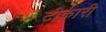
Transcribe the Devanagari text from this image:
टीकारी